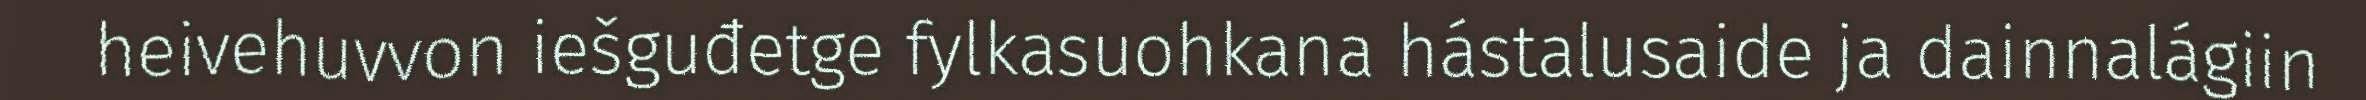
heivehuvvon iešguđetge fylkasuohkana hástalusaide ja dainnalágiin